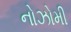
નોઝોમી